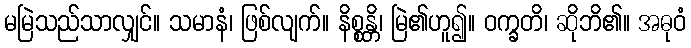
မမြဲသည်သာလျှင်။ သမာနံ၊ ဖြစ်လျက်။ နိစ္စန္တိ၊ မြဲ၏ဟူ၍။ ဝက္ခတိ၊ ဆိုဘိ၏။ အဓုဝံ